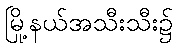
မြို့နယ်အသီးသီး၌